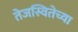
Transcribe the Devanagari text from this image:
तेजस्वितेच्या